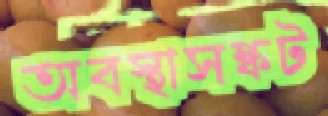
অবস্থাসঙ্কট